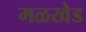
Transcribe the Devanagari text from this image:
मळखेड